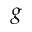
g